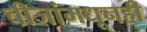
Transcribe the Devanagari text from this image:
चीजांमधूनही